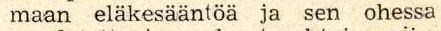
maan eläkesääntöä ja sen ohessa